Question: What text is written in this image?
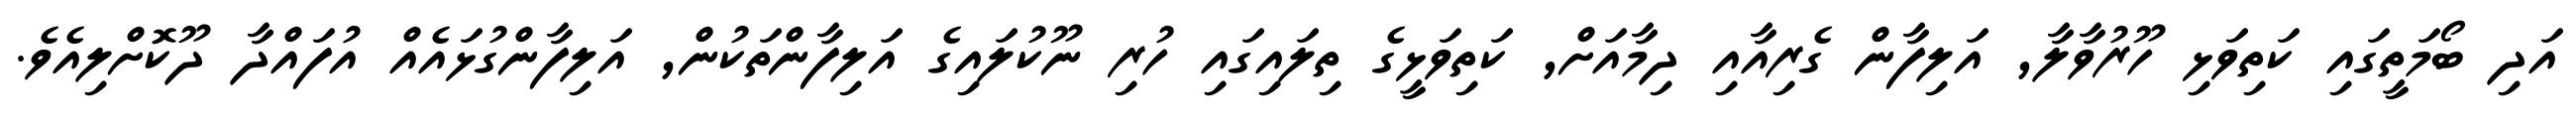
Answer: އަދި ބޯމަތީގައި ކަތިވަޅި ހޫރުވާލާ, އަލިފާން ގެރިއާއި ދިމާއަށް, ކަތިވަޅީގެ ތިލައިގައި ހުރި ނޫކުލައިގެ އަލިފާންތަކުން, އަލިފާންގުޅައެއް އުފައްދާ ދޫކޮށްލިއެވެ.